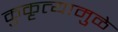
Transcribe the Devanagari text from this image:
कुकृत्यामुळे